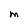
Character: M